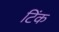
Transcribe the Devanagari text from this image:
टिंक